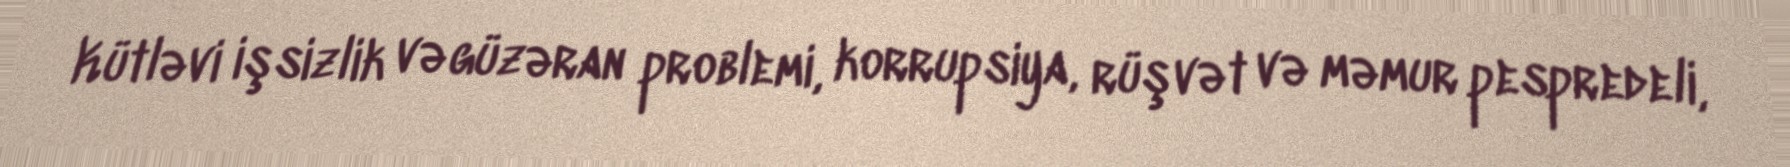
Kütləvi işsizlik və güzəran problemi, korrupsiya, rüşvət və məmur pespredeli,